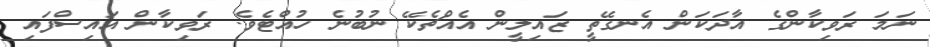
ނަމަ ރަވިކާންގެ އާދަކަން އެނގޭތީ ޒައިލީން އެއްޗެކޭ ނުބުނެ ހުއްޓެވެ. ރަވިކާން އައިސްފައި